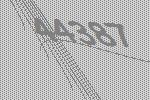
44387